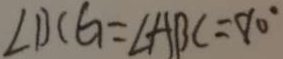
\angle D C G = \angle A B C = 9 0 ^ { \circ }